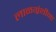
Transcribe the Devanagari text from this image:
लाळग्रंथीना